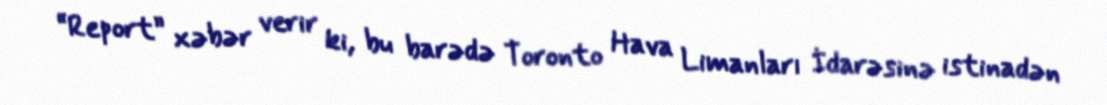
“Report” xəbər verir ki, bu barədə Toronto Hava Limanları İdarəsinə istinadən